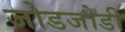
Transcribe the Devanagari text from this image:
जोडजोडी